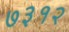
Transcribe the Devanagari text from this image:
७३१२